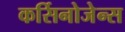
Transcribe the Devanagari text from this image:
कर्सिनोजेन्स